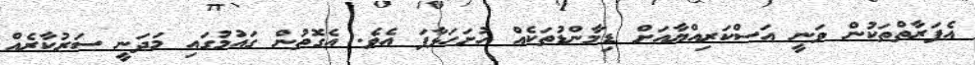
އެފަރާތްތަކުން ވަނީ އަސްކަރިއްޔާއަށް ޑިމާންޑުތަކެއް ހުށަހަޅާފަ އެވެ. އެގޮތުން ގައުމުގައި މަދަނީ ސަރުކާރެއް